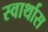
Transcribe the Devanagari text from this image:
स्वार्थास